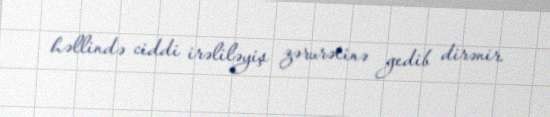
həllində ciddi irəliləyiş zərurətinə gedib dirənir.